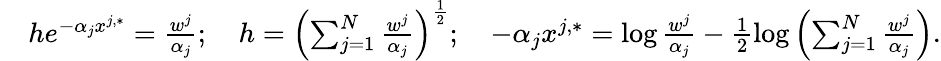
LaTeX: \begin{array}{rl}&{he^{-\alpha_{j}x^{j,*}}=\frac{w^{j}}{\alpha_{j}};\quad h=\left(\sum_{j=1}^{N}\frac{w^{j}}{\alpha_{j}}\right)^{\frac{1}{2}};\quad-\alpha_{j}x^{j,*}=\log\frac{w^{j}}{\alpha_{j}}-\frac{1}{2}\log\left(\sum_{j=1}^{N}\frac{w^{j}}{\alpha_{j}}\right).}\end{array}